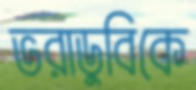
ভরাডুবিকে